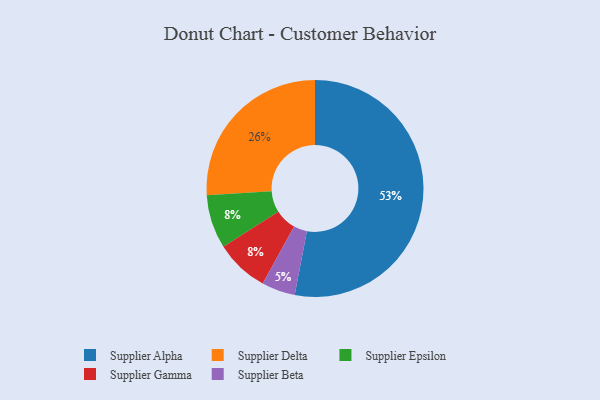
{"axis": {"x": "Category", "y": "Percentage"}, "legend": ["Supplier Alpha", "Supplier Beta", "Supplier Delta", "Supplier Epsilon", "Supplier Gamma"], "data": [{"x": "Supplier Beta", "y": 5, "type": "Supplier Beta"}, {"x": "Supplier Epsilon", "y": 8, "type": "Supplier Epsilon"}, {"x": "Supplier Delta", "y": 26, "type": "Supplier Delta"}, {"x": "Supplier Gamma", "y": 8, "type": "Supplier Gamma"}, {"x": "Supplier Alpha", "y": 53, "type": "Supplier Alpha"}]}